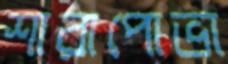
শারাপোভা